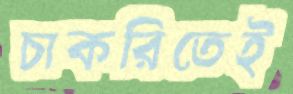
চাকরিতেই